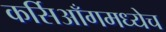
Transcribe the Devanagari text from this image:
कर्सिआँगमध्येच